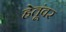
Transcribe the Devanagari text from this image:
हेतूंवर